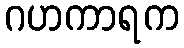
ဂဟကာရက